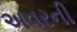
અવરની